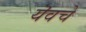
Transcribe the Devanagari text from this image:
यॆवचे